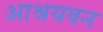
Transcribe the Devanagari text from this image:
आश्रयवन